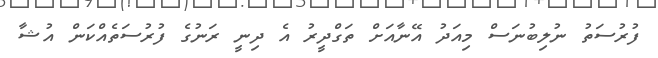
ފުރުސަތު ނުލިބުނަސް މިއަދު އޭނާއަށް ތަގްދީރު އެ ދިނީ ރަނުގެ ފުރުސަތެއްކަން އުޝާ